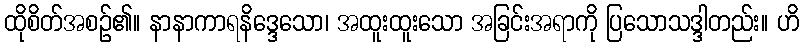
ထိုစိတ်အစဉ်၏။ နာနာကာရနိဒ္ဒေသော၊ အထူးထူးသော အခြင်းအရာကို ပြသောသဒ္ဒါတည်း။ ဟိ